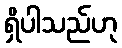
ရှိပါသည်ဟု